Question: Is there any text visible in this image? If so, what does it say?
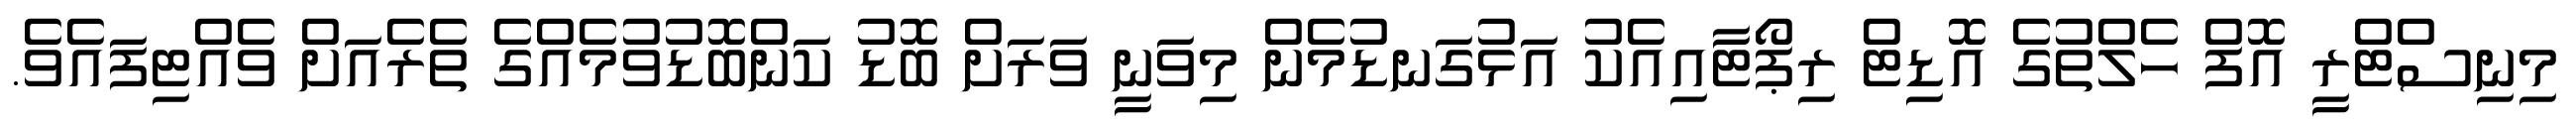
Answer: މިނިސްޓްރީ އޮފް ހެލްތުގެ އޮޑިޓް ރިޕޯޓާއިއެކު އަޅުގަނޑުމެން މިވަނީ ވަރަށް ބޮޑު ކަންބޮޑުވުމެއްގެ ތެރެއަށް ވެއްޓިފައެވެ.